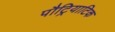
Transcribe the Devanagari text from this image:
पौट्रियाटिक